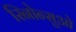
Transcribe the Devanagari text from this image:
रिनोन्सुओ